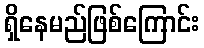
ရှိနေမည်ဖြစ်ကြောင်း